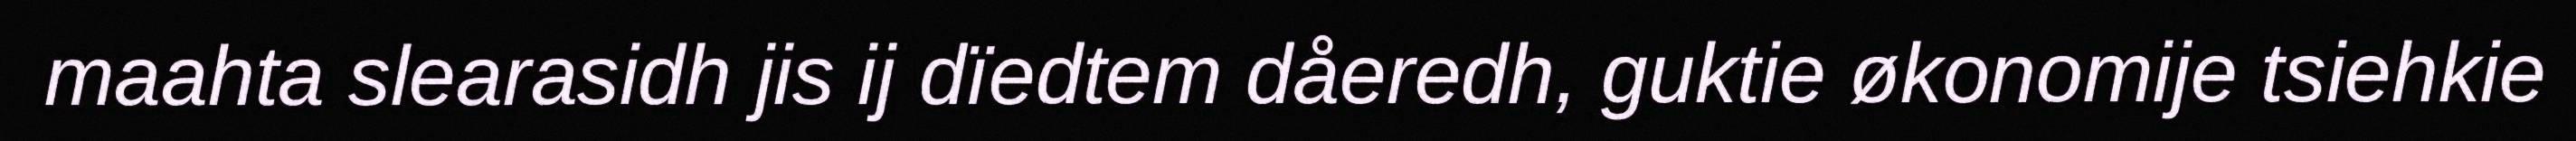
maahta slearasidh jis ij dïedtem dåeredh, guktie økonomije tsiehkie